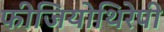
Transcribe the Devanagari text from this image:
फीजियोथिरेपी